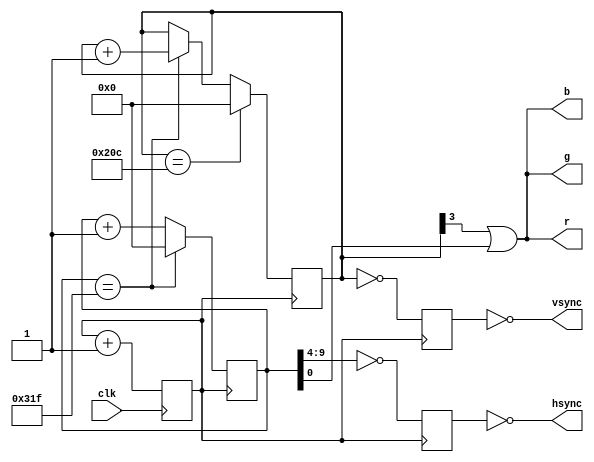
module vga(
	input wire clk,
	output wire hsync,
	output wire vsync,
	output wire r,
	output wire g,
	output wire b
);

reg[9:0] hcnt;
reg[9:0] vcnt;
reg div;
reg hpulse;
reg vpulse;

wire linedone = hcnt == (800-1);
wire screendone = vcnt == (525-1);

always @(posedge clk)
	div <= div + 1;

always @(posedge div) begin
if(linedone) begin
	hcnt <= 0;
	vcnt <= vcnt + 1;
end
else
	hcnt <= hcnt + 1;
if(screendone)
	vcnt <= 0;
end

always @(posedge div) begin
	hpulse <= hcnt[9:4] == 0;
	vpulse <= vcnt == 0;
end

assign hsync = ~hpulse;
assign vsync = ~vpulse;
assign r = vcnt[3] | hcnt & 1;
assign g = vcnt[3] | hcnt & 1;
assign b = vcnt[3] | hcnt & 1;

endmodule